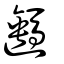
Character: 𨙔